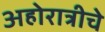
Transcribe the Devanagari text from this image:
अहोरात्रीचे